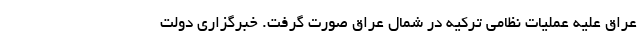
عراق علیه عملیات نظامی ترکیه در شمال عراق صورت گرفت. خبرگزاری دولت